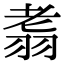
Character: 䎝